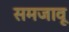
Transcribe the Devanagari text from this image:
समजावू